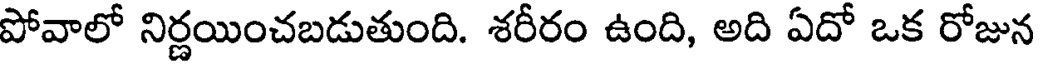
పోవాలో నిర్ణయించబడుతుంది. శరీరం ఉంది, అది ఏదో ఒక రోజున